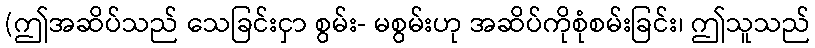
(ဤအဆိပ်သည် သေခြင်းငှာ စွမ်း- မစွမ်းဟု အဆိပ်ကိုစုံစမ်းခြင်း၊ ဤသူသည်